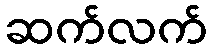
ဆက်လက်